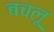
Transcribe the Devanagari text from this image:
बचलू